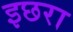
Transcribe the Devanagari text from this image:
इछरा